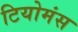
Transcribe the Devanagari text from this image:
टियोमंस